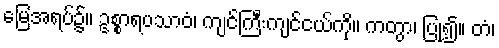
မြေအရပ်၌။ ဥစ္စာရပသာဝံ၊ ကျင်ကြီးကျင်ငယ်ကို။ ကတွာ၊ ပြု၍။ တံ၊